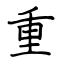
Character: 重